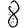
Digit: 8